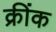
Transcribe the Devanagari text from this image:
क्रींक